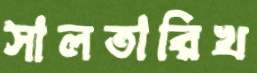
সালতারিখ